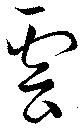
雲